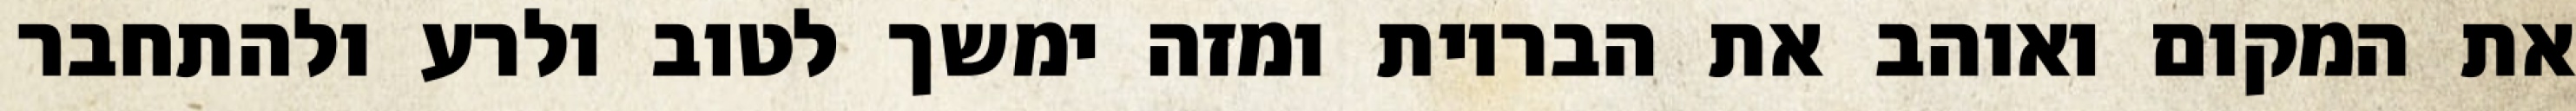
את המקום ואוהב את הבריות ומזה ימשך לטוב ולרע ולהתחבר